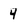
Character: 4